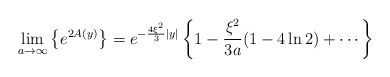
\begin{align*}\lim_{a\rightarrow\infty}\left\{e^{2A(y)}\right\}=e^{-\frac{4\xi^2}{3}|y|}\left\{1-\frac{\xi^2}{3a}(1-4\ln 2)+\cdots\right\}\end{align*}